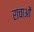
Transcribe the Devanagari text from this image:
राचाओं